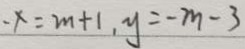
- x = m + 1 , y = - m - 3